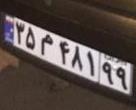
۳۵م۴۸۱۹۹